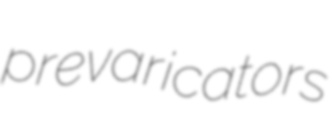
prevaricators